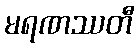
မရဏဿတီ